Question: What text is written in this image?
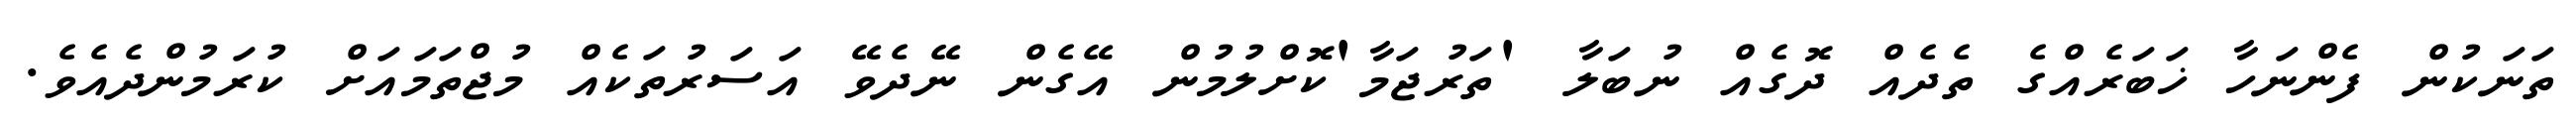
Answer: ތަނަކުން ފެންނަހާ ޚަބަރެއްގެ ތެދެއް ދޮގެއް ނުބަލާ 'ތަރުޖަމާ'ކޮށްލުމުން އޭގެން ނޭދެވޭ އަސަރުތަކެއް މުޖްތަމައަށް ކުރަމުންދެއެވެ.